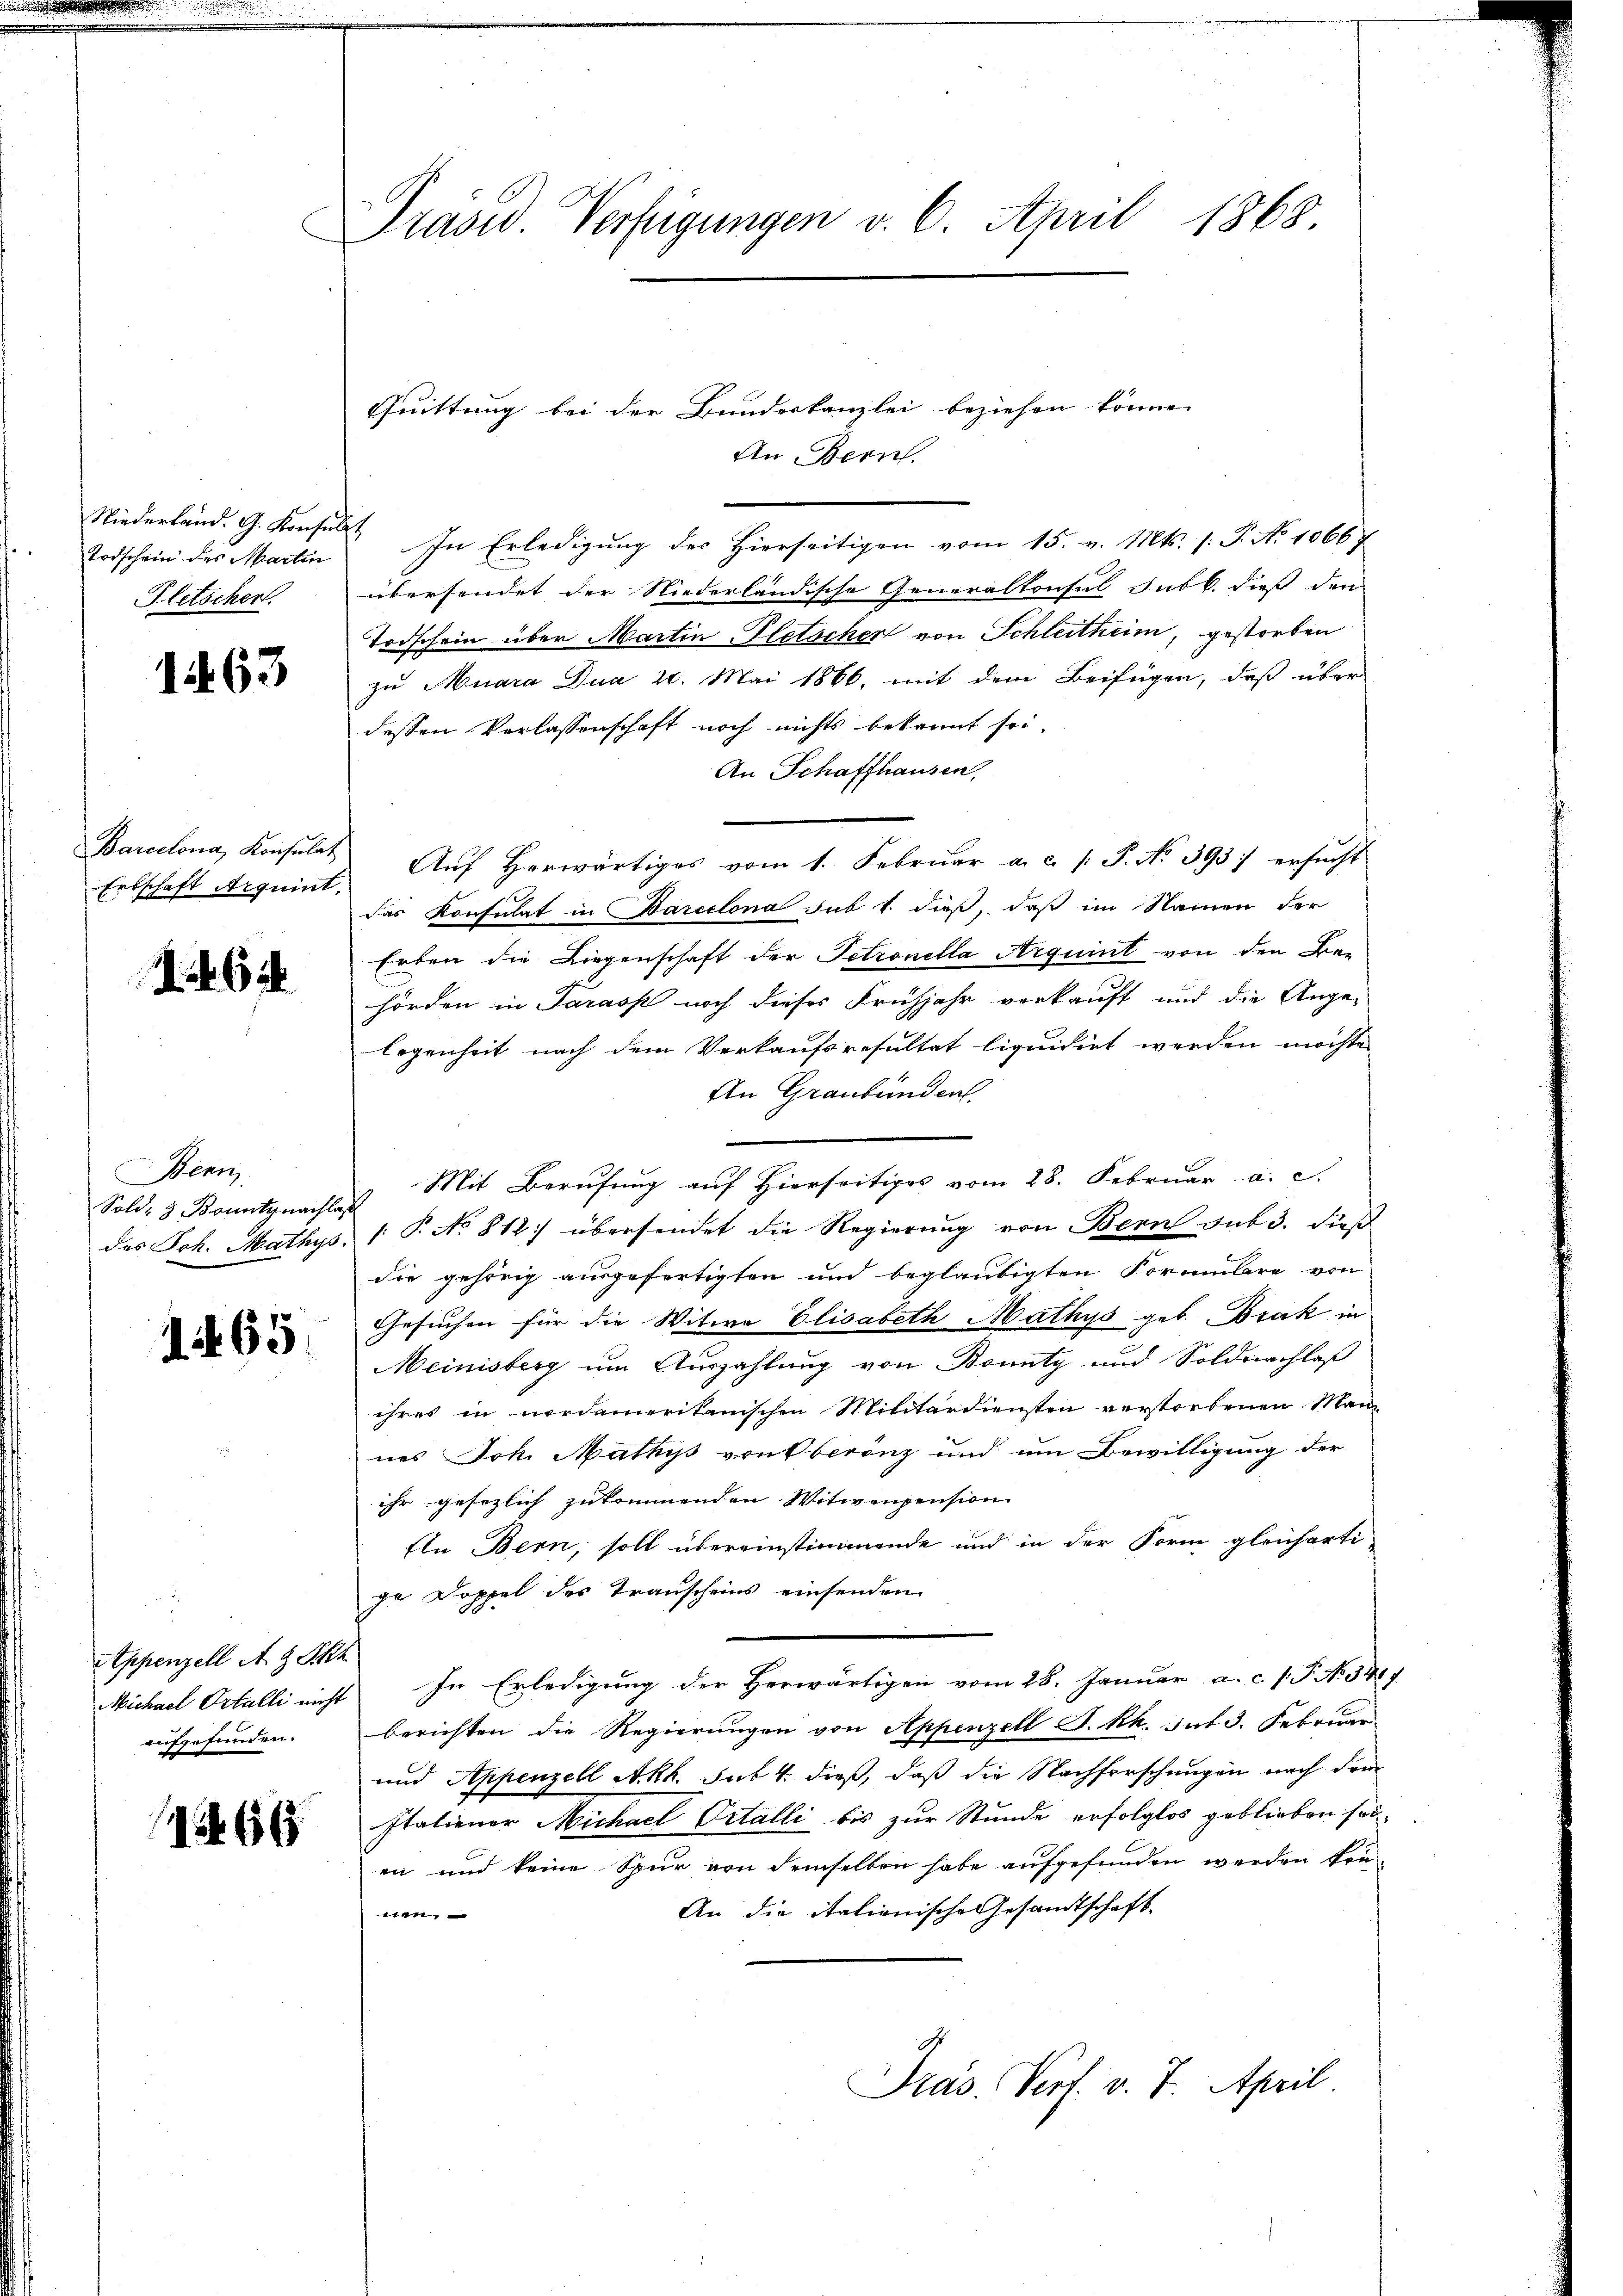
Niederland. G. Konse
Todschein des Martin
Pletscher.

1463

Barcelona, Konsulat
Erbschaft Arquint,

6

Benn
Sold- & Bonitznachla
des Joh. Mathys

1465.

Appenzell A. H. Pkt.
aufgefunden.

1266

Präsid. Verfügungen v. 6. April 1868.

An Bern.
 In Erledigung des Hierseitigen vom 15. v. Mts. f. P. No 1066 f
übersendet der Niederländische Generaltonsal sub b. dieß den
Todschein über Martin Pletscher von Schleitheim, gestorben
zu Muara Dua 10. Mai 1866, mit dem Beifügen, daß über
dessen Verlassenschaft noch nichts bekannt sei.
An Schaffhausen,
 Auf herwärtiges vom 1. Februar a. c. /: P. No 393) ersucht
das Konsulat in Barcelona sub 1. dieß, daß im Namen der
Erben die Liegenschaft der Petronella Arquint von den Bau
hörden in Sarasp noch dieses Frühjahr verkauft und die Augen
legenheit nach dem Verkaufsresultat liquidirt werden möchte,
An Graubünden.
Mit Berufung auf Hierseitiges vom 28. Februar a. c.
i
1: P. No 812) übersendet die Regierung von Bern sub 3. dieß
die gehörig ausgefertigten und beglaubigten Formulare von
Gesuchen für die Witwe Elisabeth Mathys geb. Brak in
Meinisberg um Auszahlung von Bounty und Soldnachlaß
ihres in nordamerikanischen Militärdiensten verstorbenen Man
nes Joh. Mathys von Oberenz und um Bewilligung der
ihr gesezlich zukommenden Witwenpension
In Bern, soll übereinstimmende und in der Form gleicharti-
ge Doppel des Transcheins einsenden
Michael Ostalli nicht. In Erledigung der Herwärtigen vom 28. Januar a. c. l. J. N. 541
berichten die Regierungen von Appenzell S. kk. Tat 3. Februar.
und Appenzell A.Rh. sub. 4. dieß, daß die Nachforschungen nach dem
Italiener Michael Ortalli bis zur Stunde erfolglos geblieben sol-
en und keine Spur von demselben habe aufgefunden werden kön-
An die italienische Gesamtschaft
men
Präs. Verf. v. 7. April.

Quittung bei der Bundeskanzlei beziehen könne.